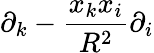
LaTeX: \partial_{k}-{\frac{x_{k}x_{i}}{R^{2}}}\partial_{i}